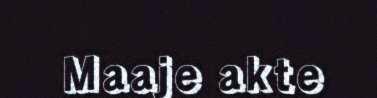
Maaje akte